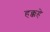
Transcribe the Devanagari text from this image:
हक्कहे